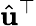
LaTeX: \hat{\mathbf{u}}^{\top}